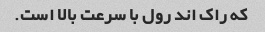
که راک اند رول با سرعت بالا است.